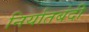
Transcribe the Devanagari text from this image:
निर्यातबंदी